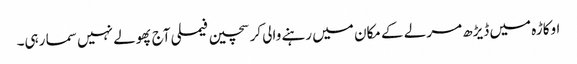
اوکاڑہ میں ڈیڑھ مرلے کے مکان میں رہنے والی کرسچین فیملی آج پھولے نہیں سما رہی۔